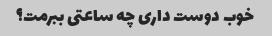
خوب دوست داری چه ساعتی ببرمت؟